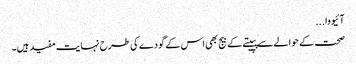
آئیووا...
صحت کے حوالے سے پپیتے کے بیج بھی اس کے گودے کی طرح نہایت مفید ہیں۔